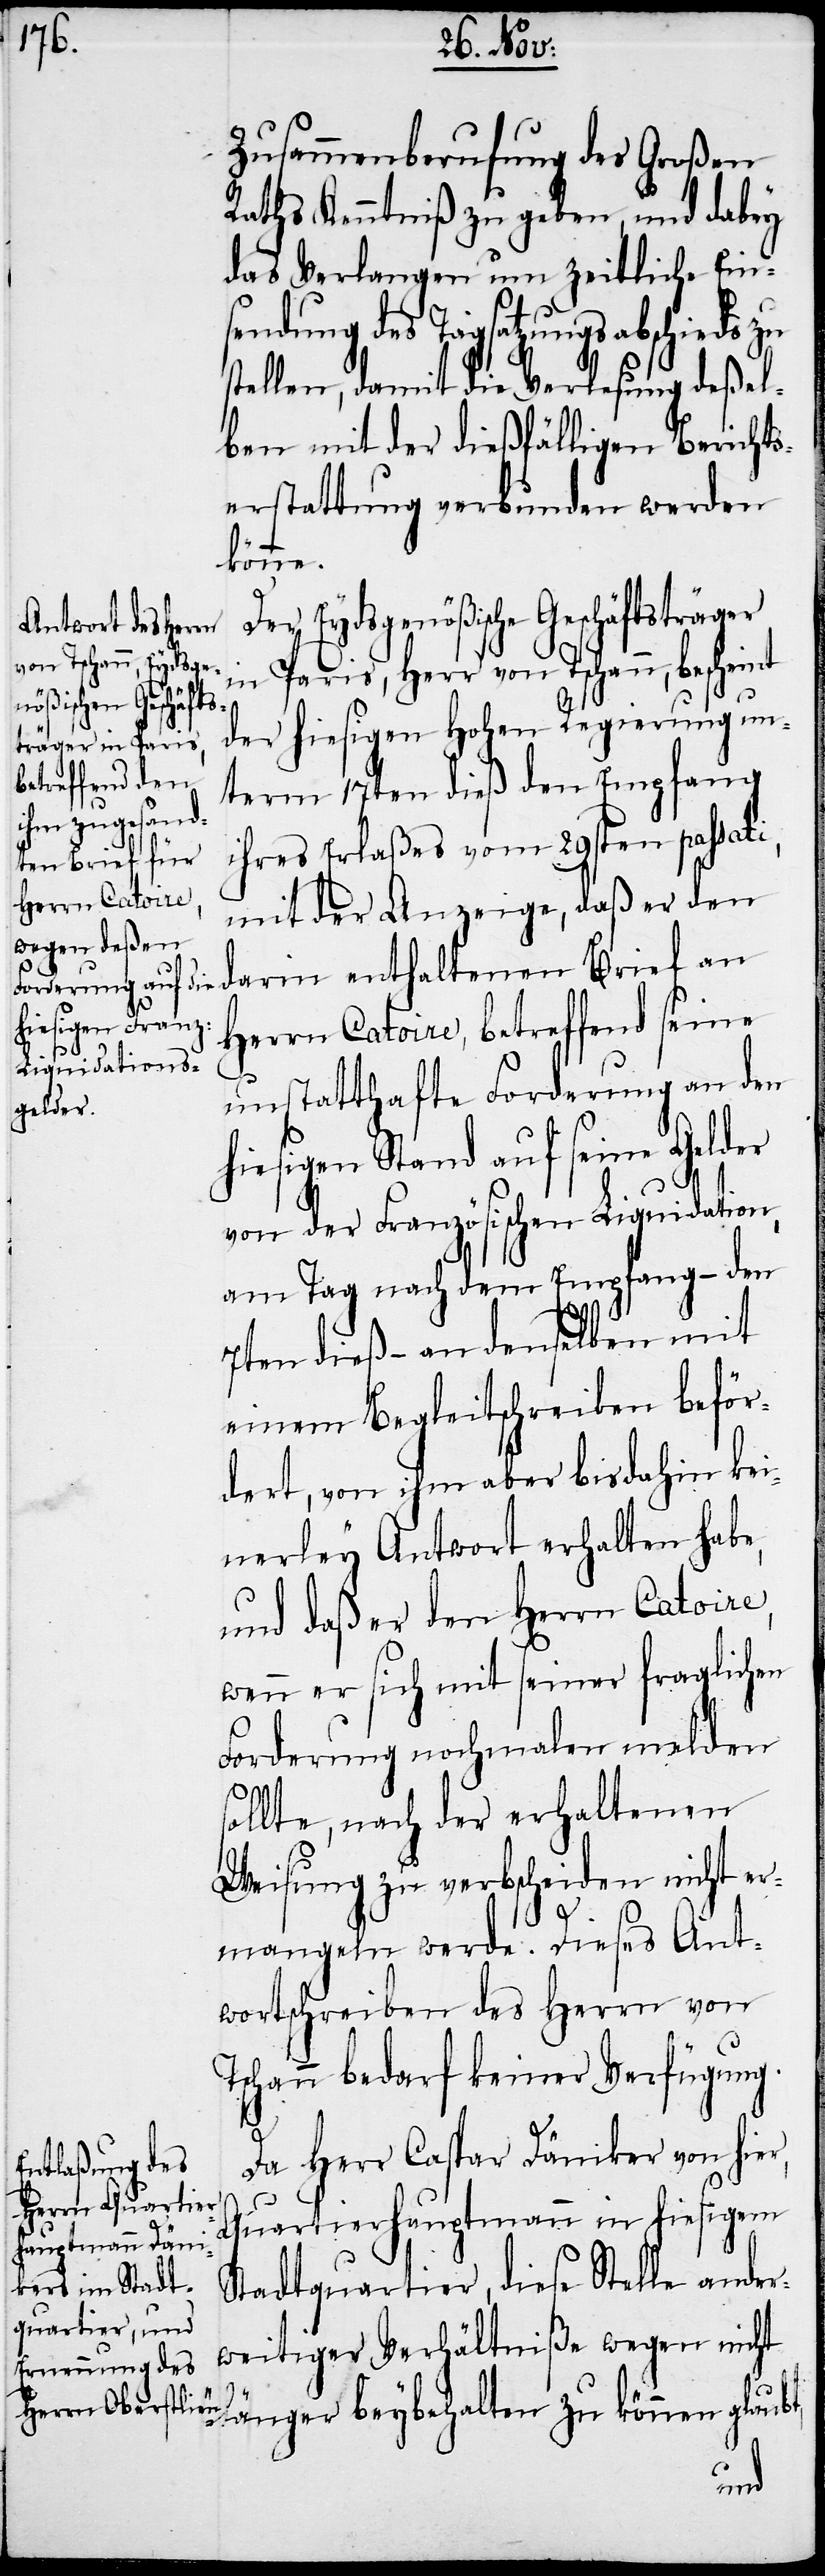
Zusammenberufung des Großen
Raths Kenntniß zu geben, und dabey
das Verlangen um zeitliche Eins¬
ungsabschieds zu
stellen, damit die Verlesung deßel¬
ben mit der dießfälligen Berichts¬
erstattung verbunden werden
könne.
er Eydsgenößische Geschäftsträger
in Paris, Herr von Tschann, bescheint
der hiesigen Hohen Regierung un¬
term 17ten dieß den Empfang
ihres Erlaßes vom 29sten passati,
mit der Anzeige, daß er den
darin enthaltenen Brief an
Herrn Catoire, betreffend seine
unstatthafte Forderung an den
hiesigen Stand auf seine Gelder
von der Französischen Liquidation,
am Tag nach dem Empfang – de¬
t,
n7ten dieß – an denselben mit
einem Begleitschreiben beför¬
dert, von ihm aber bis dahin kei¬
nerley Antwort erhalten habe,
und daß er den Herrn Catoire,
wenn er sich mit seiner fraglichen
Forderung nochmalen melden
sollte, nach der erhaltenen
Weisung zu verbscheiden nicht er¬
mangeln werde. Dieses Ant¬
wortschreiben des Herrn von
Tschann bedarf keiner Verfügung.
Da Herr Caspar Däniker von hier,
Quartierhauptmann in hiesigem
Stadtquartier, diese Stelle ander¬
weitiger Verhältniße wegen nicht
länger beybehalten zu können glaub¬